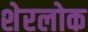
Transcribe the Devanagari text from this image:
शेरलोक